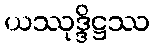
ယဿုဒ္ဒိဋ္ဌဿ